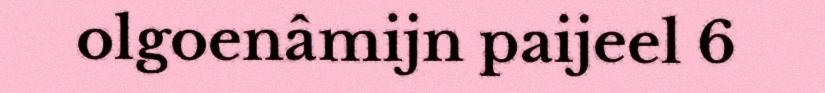
olgoenâmijn paijeel 6